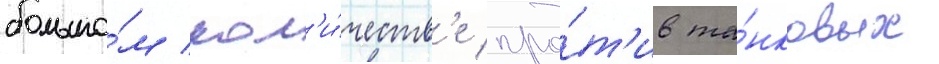
большо́м кол'и́честв'е про́т'ив та́нковых